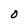
Character: O